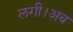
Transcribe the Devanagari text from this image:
लगी।अब